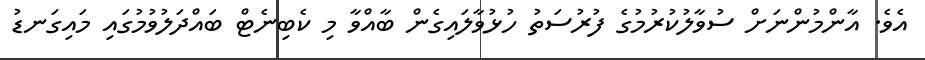
އެވެ. އާންމުންނަށް ސުވާލުކުރުމުގެ ފުރުސަތު ހުޅުވާލައިގެން ބާއްވާ މި ކެބިނެޓް ބައްދަލުވުމުގައި މައިގަނޑު